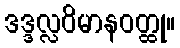
ဒဒ္ဒလ္လဝိမာနဝတ္ထု။